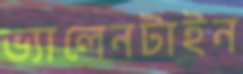
ভ্যালেনটাইন